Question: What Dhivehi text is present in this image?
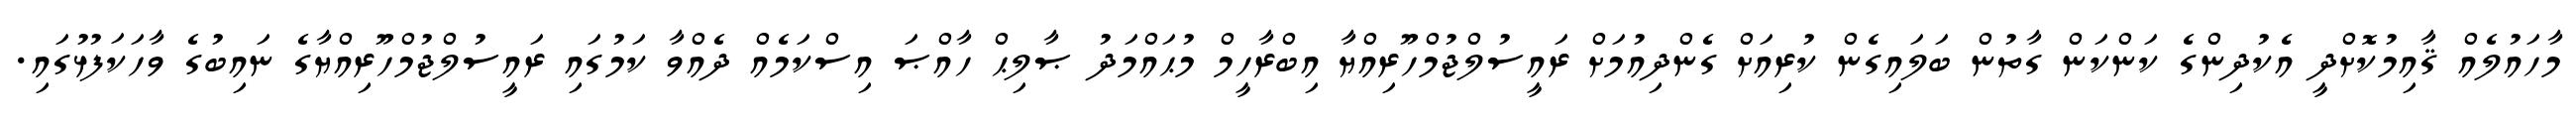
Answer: މާހައުލެއް ޤާއިމުކޮށްދީ އެކުދިންގެ ކަންކަން ގާތުން ބަލައިގެން ކުރިއަށް ގެންދިއުމަށް ރައީސުލްޖުމްހޫރިއްޔާ އިބްރާހީމް މުޙައްމަދު ޞާލިޙް ހާއްޞަ އިސްކަމެއް ދެއްވާ ކަމުގައި ރައީސުލްޖުމްހޫރިއްޔާގެ ނައިބުގެ ވާހަކަފުޅުގައި.